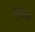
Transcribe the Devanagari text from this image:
एंथेस